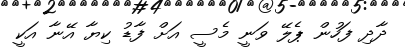
ދާދި ފަހުން ޕެލޭ ވަނީ މެސީ އަށް ފާޑު ކިޔާ އޭނާ އަކީ